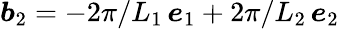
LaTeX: \boldsymbol b_{2}=-2\pi/L_{1}\, \boldsymbol e_{1}+2\pi/L_{2}\, \boldsymbol e_{2}